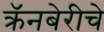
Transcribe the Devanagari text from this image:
क्रॅनबेरीचे